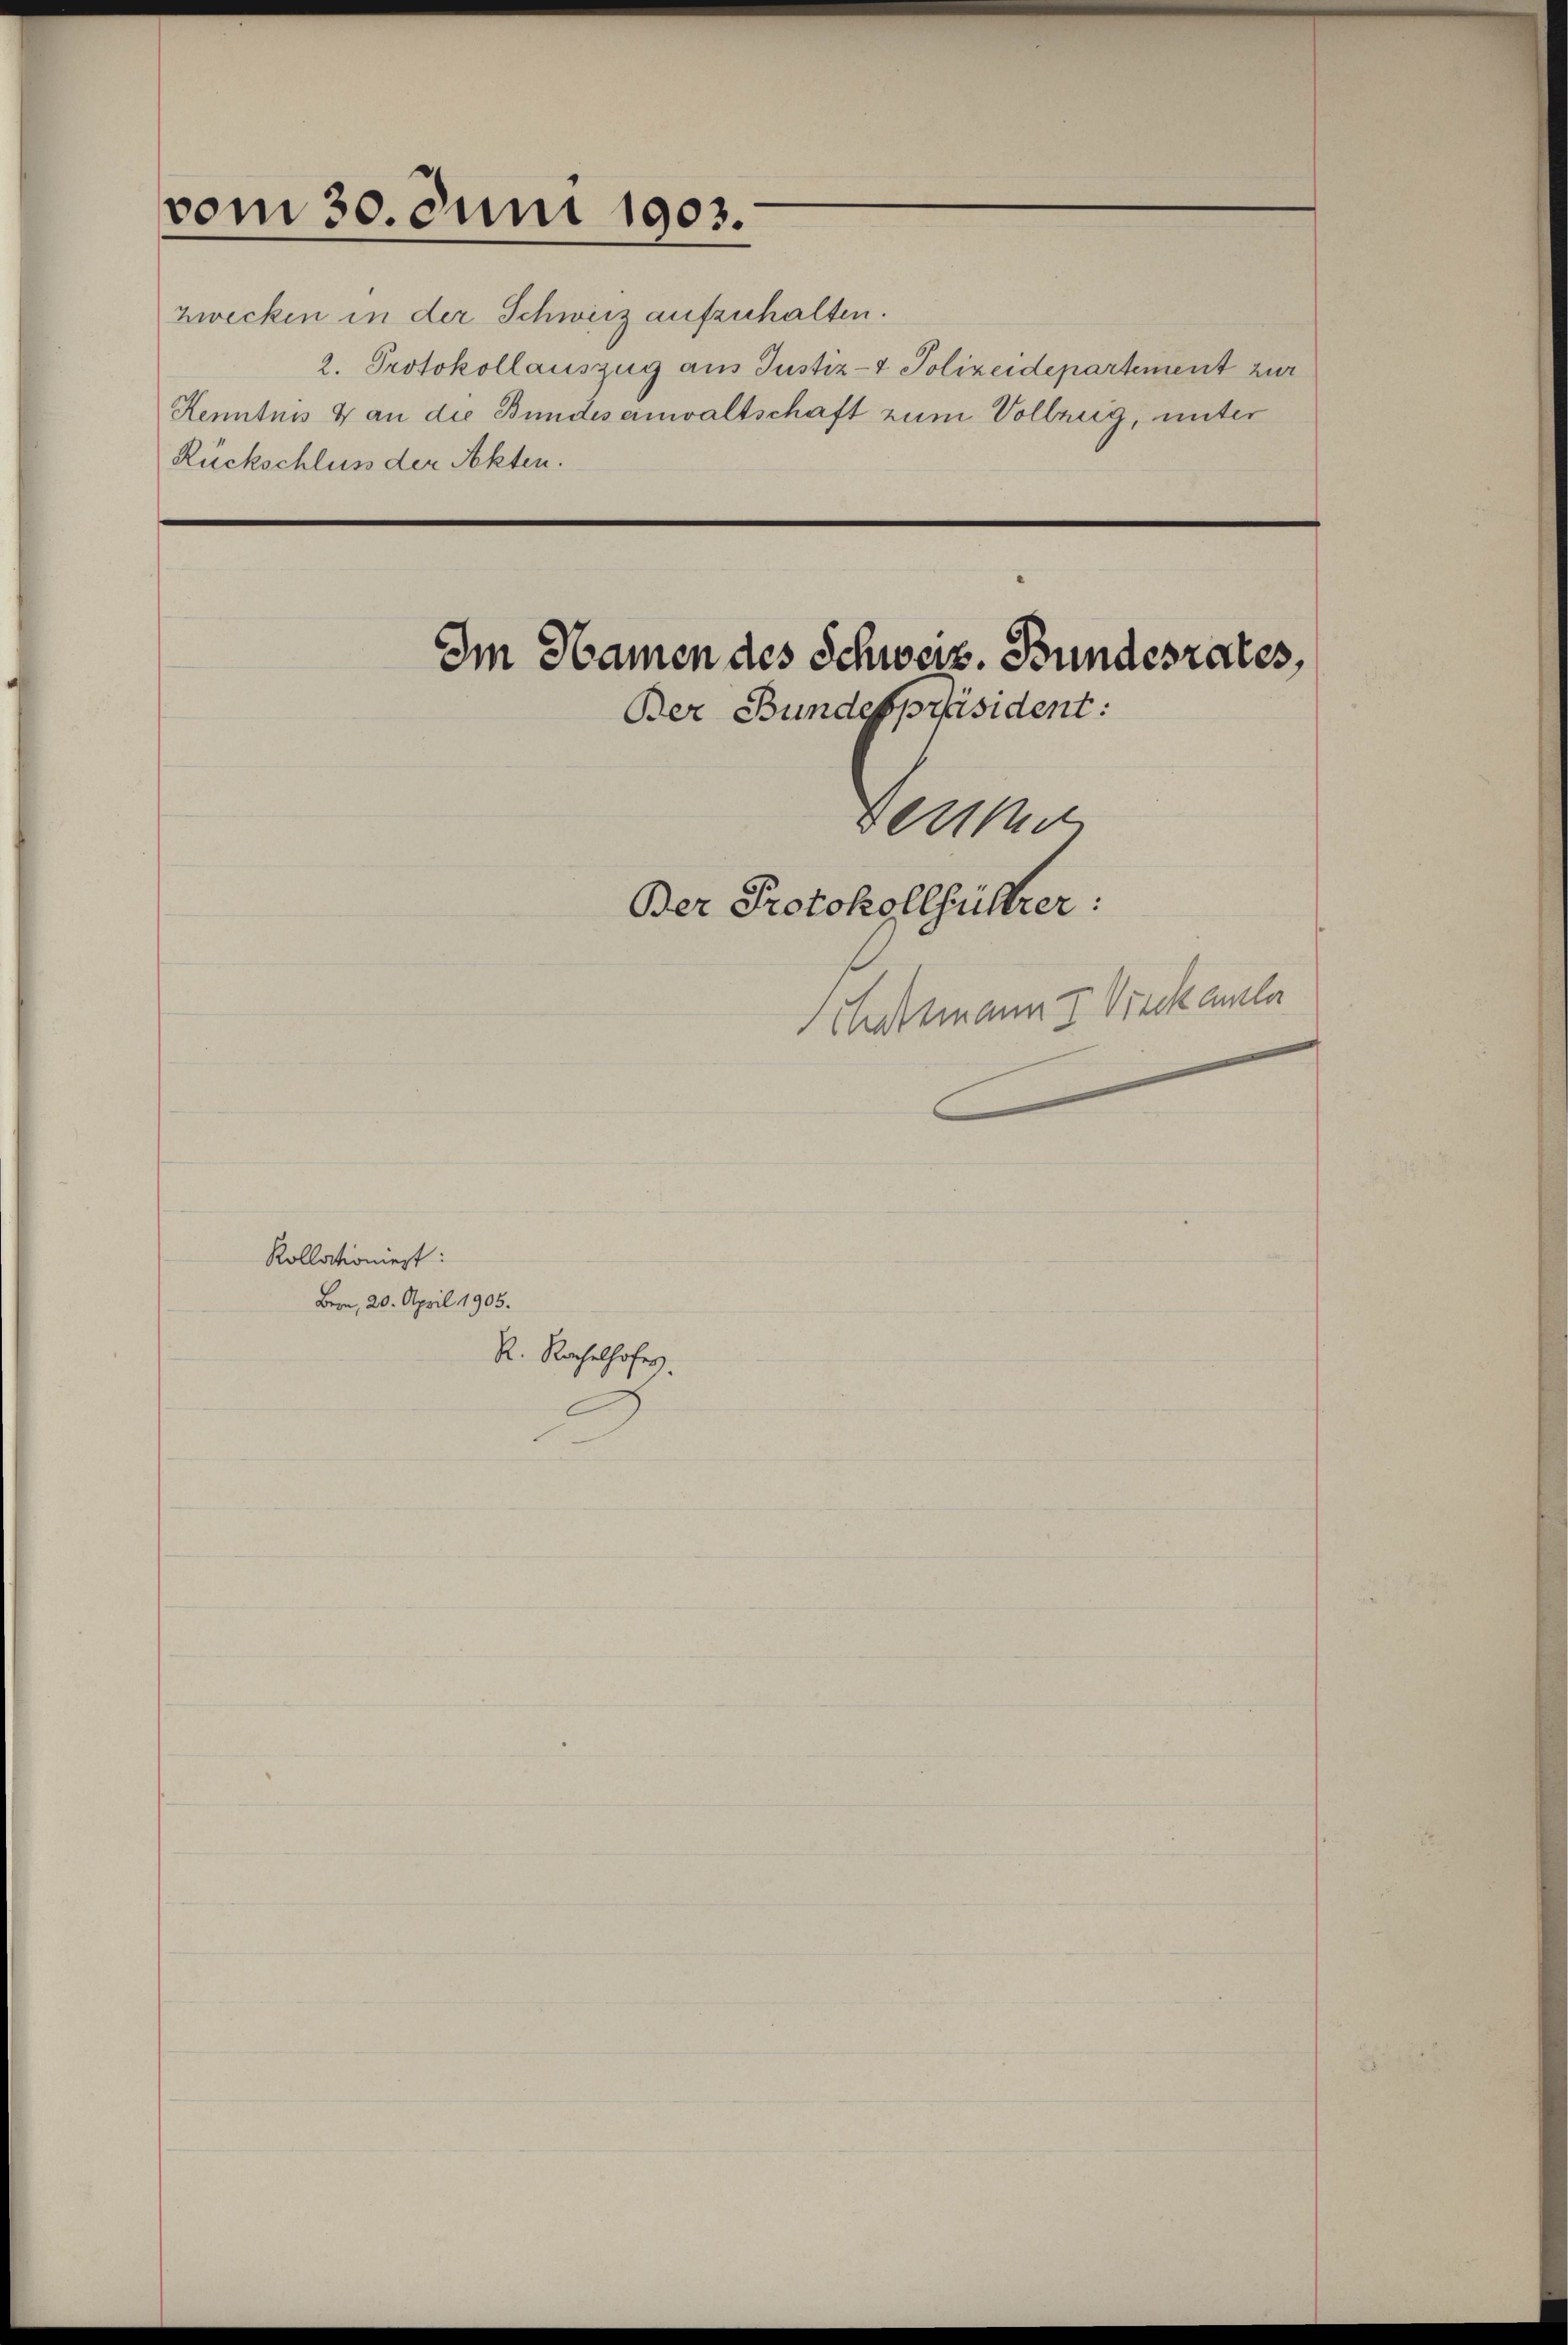
vom 30. Juni 1903.

zwecken in der Schweiz aufzuhalten.
2. Protokollauszug aus Justiz- & Polizeidepartement zur
Kenntnis & an die Bundes einwaltschaft zum Vollzug, unter
Rückschluß der Akten.

Kollationiert:
Bern, 20. April 1905.
R. Rachelhofes.

Ber

Im Namen des Schweiz. Bundesrates,
Ber Bundespräsident:

Ber Protokollfütter:

Staatsmann I Vieckamler